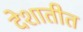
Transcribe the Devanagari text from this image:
देशातीत